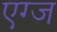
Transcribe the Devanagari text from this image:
एग्ज